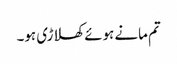
تم مانے ہوئے کھلاڑی ہو۔